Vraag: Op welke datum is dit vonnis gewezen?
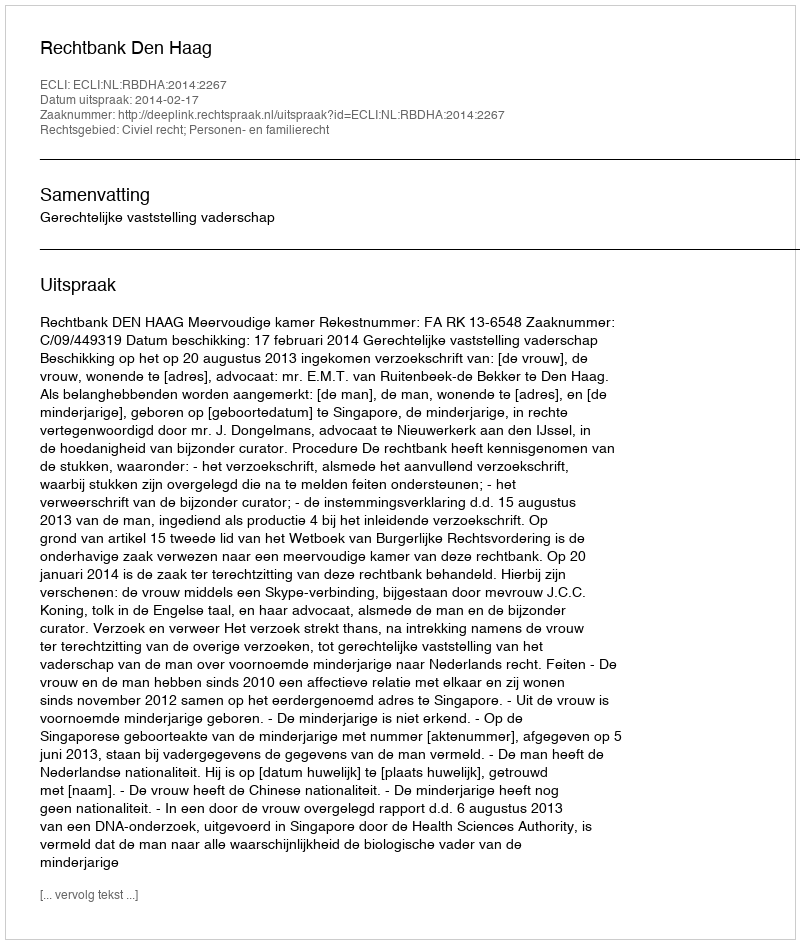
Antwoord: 2014-02-17